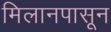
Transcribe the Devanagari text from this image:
मिलानपासून